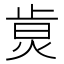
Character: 𤉭